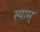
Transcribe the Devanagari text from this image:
स्याम्‌